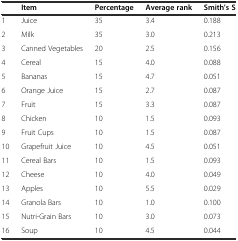
|  | Item | Percentage | Average rank | Smith’s S |
 | --- | --- | --- | --- | --- |
 | 1 | Juice | 35 | 3.4 | 0.188 |
 | 2 | Milk | 35 | 3.0 | 0.213 |
 | 3 | Canned Vegetables | 20 | 2.5 | 0.156 |
 | 4 | Cereal | 15 | 4.0 | 0.088 |
 | 5 | Bananas | 15 | 4.7 | 0.051 |
 | 6 | Orange Juice | 15 | 2.7 | 0.087 |
 | 7 | Fruit | 15 | 3.3 | 0.087 |
 | 8 | Chicken | 10 | 1.5 | 0.093 |
 | 9 | Fruit Cups | 10 | 1.5 | 0.087 |
 | 10 | Grapefruit Juice | 10 | 4.5 | 0.051 |
 | 11 | Cereal Bars | 10 | 1.5 | 0.093 |
 | 12 | Cheese | 10 | 4.0 | 0.049 |
 | 13 | Apples | 10 | 5.5 | 0.029 |
 | 14 | Granola Bars | 10 | 1.0 | 0.100 |
 | 15 | Nutri-Grain Bars | 10 | 3.0 | 0.073 |
 | 16 | Soup | 10 | 4.5 | 0.044 |